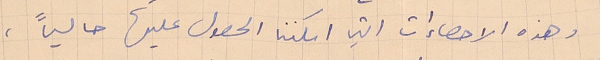
وهذه الاحصاءات التي امكننا الحصول عليها حالياً،